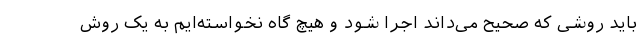
باید روشی که صحیح می‌داند اجرا شود و هیچ گاه نخواسته‌ایم به یک روش